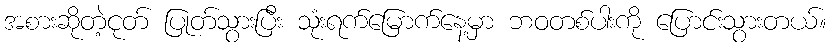
အစားဆိုတဲ့ငုတ် ပြုတ်သွားပြီး သုံးရက်မြောက်နေ့မှာ ဘဝတစ်ပါးကို ပြောင်းသွားတယ်။